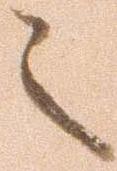
之